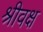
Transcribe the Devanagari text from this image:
श्रीवक्ष